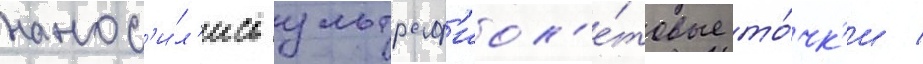
нанос'и́л'ись ультраф'иол'е́товые то́чк'и /